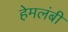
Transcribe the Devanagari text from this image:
हेमलंबी